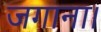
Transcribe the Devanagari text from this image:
जगाना।